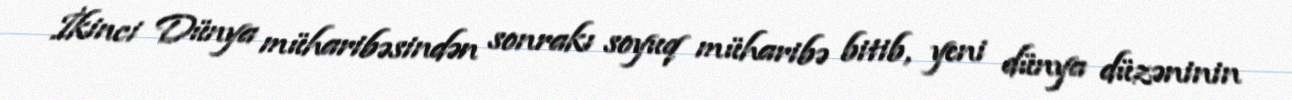
İkinci Dünya müharibəsindən sonrakı soyuq müharibə bitib, yeni dünya düzəninin